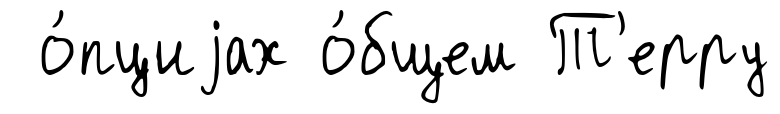
о́пциjах о́бщем Т'ерру